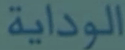
الوداية